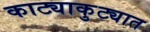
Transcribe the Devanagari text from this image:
काट्याकुट्यात